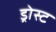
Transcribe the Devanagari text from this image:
ड्रोस्ट